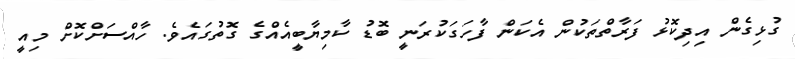
ގުޅިގެން އިދިކޮޅު ފަރާތްތަކުން އެކަން ފާހަގަކުރަނީ ބޮޑު ކާމިޔާބީއެއްގެ ގޮތުގައެވެ. ހާއްސަށްކޮށް މިއީ